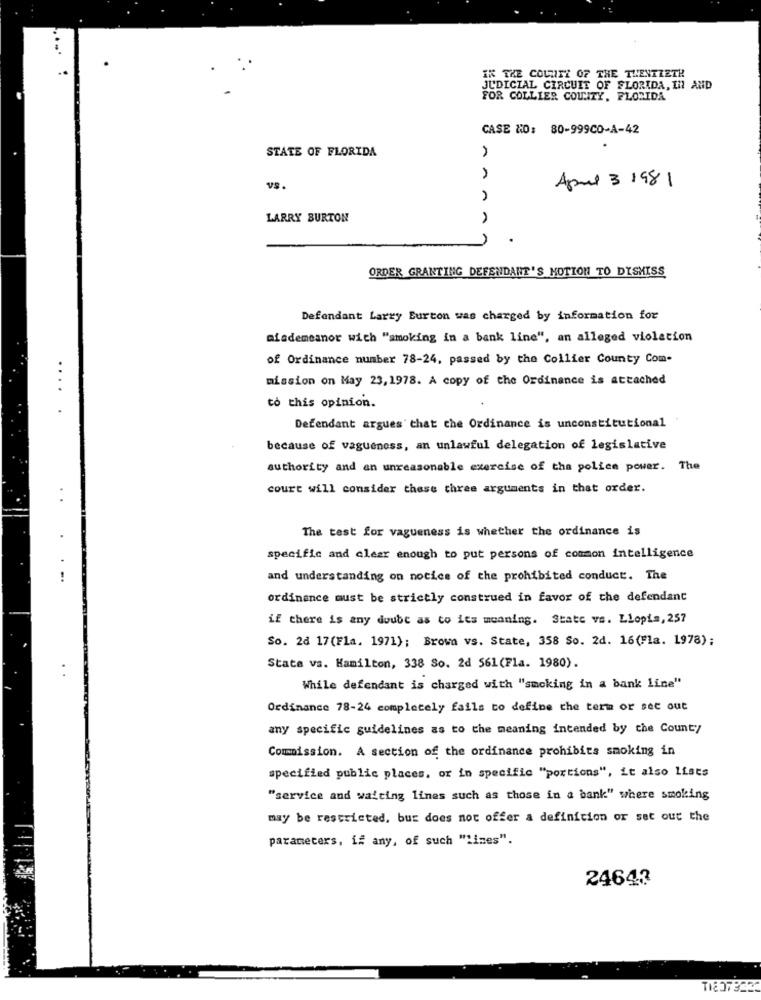
IN THE COUNTY OF THE TWENTIETH
JUDICIAL CIRCUIT OF FLORIDA, IN AND
FOR COLLIER COLLITY, FLORIDA
CASE NO: 80-999CO-A-42
STATE OF FLORIDA
April 3 1981
VS.
LARRY BURTON
ORDER GRANTING DEFENDANT'S MOTION TO DISMISS
Defendant Larry Burton was charged by information for
alademeanor wich "smoking in a bank line", an alleged violation
of Ordinance number 78-24, passed by the Collier County Com-
mission on May 23,1978. A copy of the Ordinance is attached
....
to this opinion.
Defendant argues that che Ordinance is unconstitutional
because of vagueness, an unlawful delegation of legislative
authority and an unreasonable exercise of the police power. The
court will consider these three arguments in that order.
The test for vagueness is whether the ordinance is
specific and clear enough to put persons of common intelligence
and understanding on notice of the prohibited conduct. The
ordinance must be strictly construed in favor of the defendant
if there is any doubt as to its meaning. State vs. Llopis, 257
So. 26 17(Fla. 1971); Browa vs. State, 358 So. 2d. 16(Fla. 1978);
State vs. Hamilton, 338 So. 2d 561(Fla. 1980).
While defendant is charged with "smoking in a bank line"
Ordinance 78-24 completely fails to define the term or sec out
any specific guidelines as to the meaning intended by the County
Commission. A section of the ordinance prohibits smoking in
specified public places, or in specific "portions", it also lists
"service and waiting lines such as those in a bank" where smoking
may be restricted, bur does not offer a definition or set out the
parameters, if any, of such "lines".
2464?